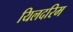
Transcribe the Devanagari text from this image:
यिलदरिम